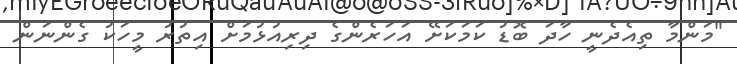
"މަންމާ ތިއެދެނީ ހާދަ ބޮޑު ކަމަކަށޭ އަހަރެންގެ ދިރިއުޅުމަށް އިތުރު މީހަކު ގެންނަން